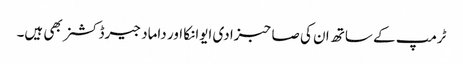
ٹرمپ کے ساتھ ان کی صاحبزادی ایوانکا اور داماد جیرڈ کشنر بھی ہیں۔